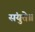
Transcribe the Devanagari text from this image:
संयुते॥